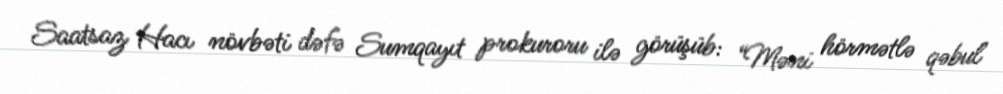
Saatsaz Hacı növbəti dəfə Sumqayıt prokuroru ilə görüşüb: “Məni hörmətlə qəbul